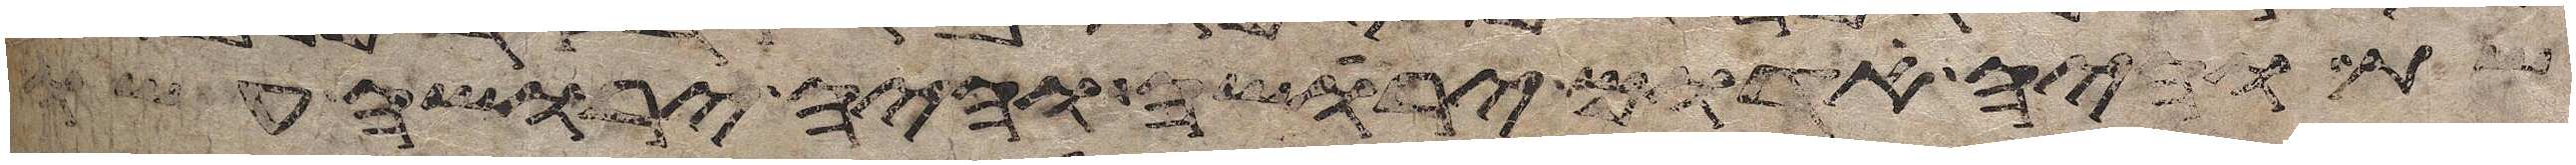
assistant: שת והיה אדום ירשה והיה ירשה עשו